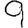
Digit: 9